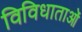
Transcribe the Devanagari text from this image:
विविधाताओं